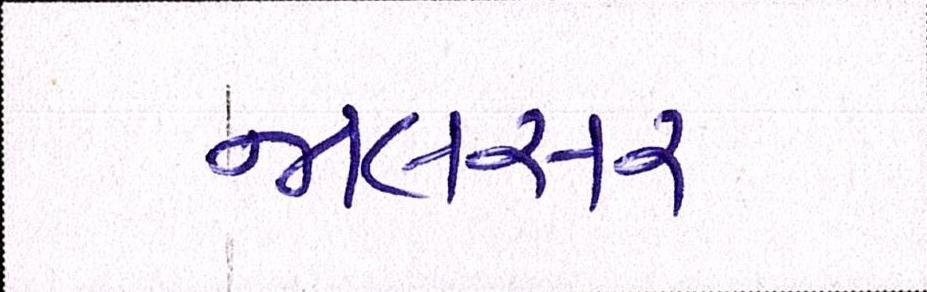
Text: જાલસર